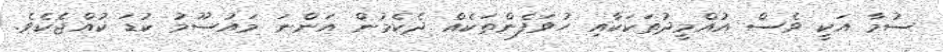
ސުމާ އަކީ ވެސް އުއްމީދުތަކަކާއި ހުވަފެންތަކެއް ދެކެމުން އަންނަ މައުސޫމު ކުޑަ ކުއްޖެކެވެ.